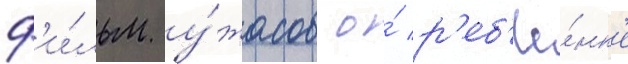
ф'и́льм у́жасов о́ р'еб'ё́нк'е